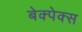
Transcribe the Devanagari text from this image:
बेक्पेक्स